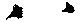
八